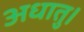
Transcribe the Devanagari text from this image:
अधातु।